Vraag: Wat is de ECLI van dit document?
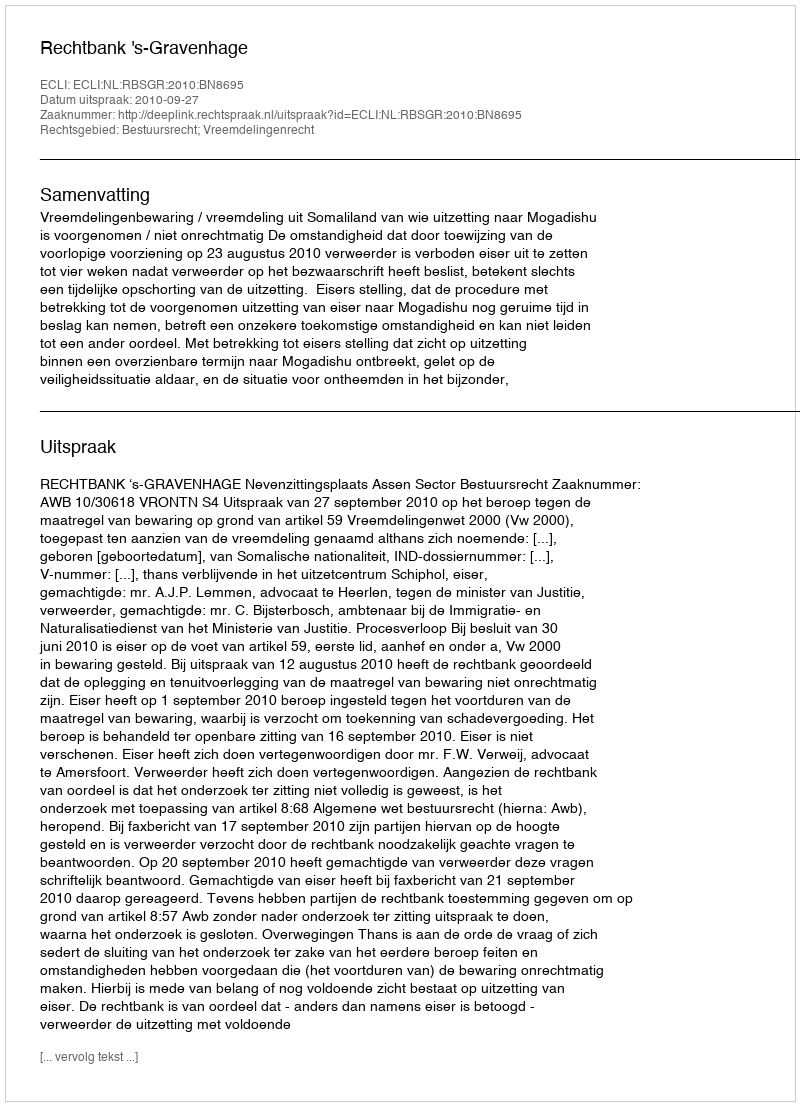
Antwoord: ECLI:NL:RBSGR:2010:BN8695